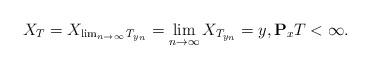
\begin{align*}X_T=X_{\lim_{n\rightarrow \infty} T_{y_n}}=\lim_{n\rightarrow\infty} X_{T_{y_n}}=y,\mathbf{P}_xT<\infty. \end{align*}